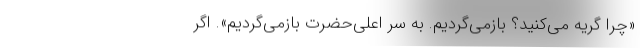
«چرا گریه می‌کنید؟ بازمی‌گردیم. به سرِ اعلی‌حضرت بازمی‌گردیم». اگر